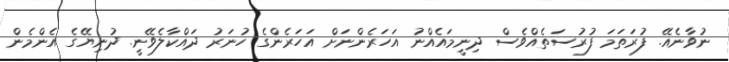
ނުވާނެއޭ. ފުރަތަމަ ފުރުސަތެއްވެސް ދިނީމައެއްނު އަހަރެންނަށް އަހަރެންގެ ހުނަރު ދައްކާލެވޭނީ. ދުނިޔޭގެ އެންމެން